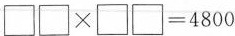
$$\Box \Box \times \Box \Box = 4 8 0 0$$